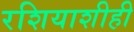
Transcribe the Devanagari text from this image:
रशियाशीही